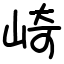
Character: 崎